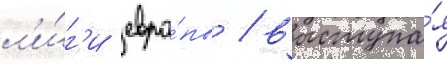
л'и́г'и евро́пы / выступа́я